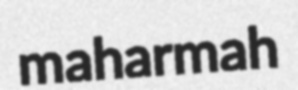
maharmah